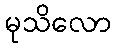
မုသိလော